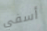
أسفي